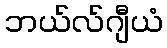
ဘယ်လ်ဂျီယံ